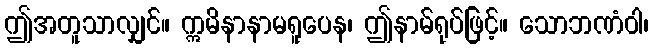
ဤအတူသာလျှင်။ ဣမိနာနာမရူပေန၊ ဤနာမ်ရုပ်ဖြင့်။ သောဘဏံဝါ၊